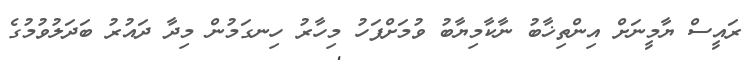
ރައީސް ޔާމީނަށް އިންތިޚާބު ނާކާމިޔާބު ވުމަށްފަހު މިހާރު ހިނގަމުން މިދާ ދައުރު ބަދަލުވުމުގެ